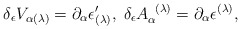
\begin{align*}\delta _{\epsilon }V_{\alpha (\lambda )}=\partial _{\alpha }\epsilon_{(\lambda )}^{\prime },\;\delta _{\epsilon }A_{\alpha }^{\;\;(\lambda)}=\partial _{\alpha }\epsilon ^{(\lambda )}, \end{align*}